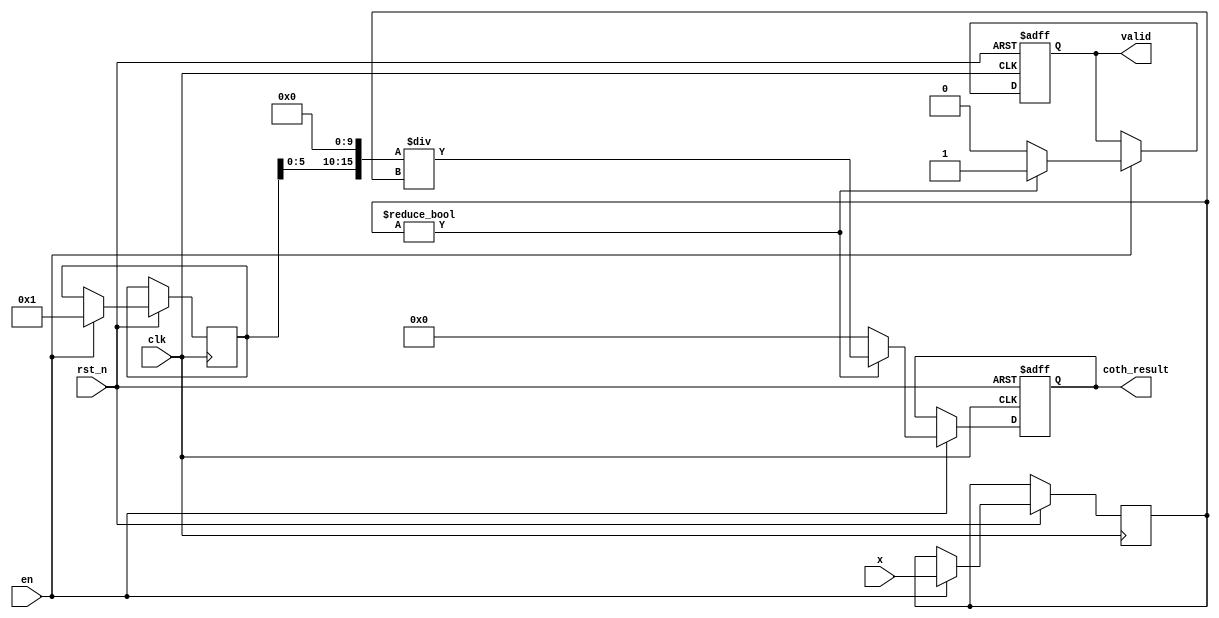
module hyperbolic_cotangent #(
    parameter WIDTH = 16,           // Bit-width for fixed-point representation
    parameter FRAC_WIDTH = 10       // Fractional bits
)(
    input wire clk,
    input wire rst_n,
    input wire en,
    input wire signed [WIDTH-1:0] x, // Input in fixed-point format
    output reg signed [WIDTH-1:0] coth_result, // Output in fixed-point format
    output reg valid                   // Output valid signal
);

    // Internal signals for sinh and cosh
    reg signed [WIDTH-1:0] sinh_x;
    reg signed [WIDTH-1:0] cosh_x;

    // Computation of sinh(x) and cosh(x) using Taylor series expansion
    function signed [WIDTH-1:0] sinh;
        input signed [WIDTH-1:0] angle;
        begin
            sinh = angle; // sinh(x) = x + x^3/3! + x^5/5! + ...
            // Add more terms as needed for precision
        end
    endfunction

    function signed [WIDTH-1:0] cosh;
        input signed [WIDTH-1:0] angle;
        begin
            cosh = 1'b1; // cosh(x) = 1 + x^2/2! + x^4/4! + ...
            // Add more terms as needed for precision
        end
    endfunction

    // Always block to compute coth
    always @(posedge clk or negedge rst_n) begin
        if (!rst_n) begin
            coth_result <= 0;
            valid <= 0;
        end else if (en) begin
            sinh_x <= sinh(x);
            cosh_x <= cosh(x);
            if (sinh_x != 0) begin
                // Compute coth(x) = cosh(x) / sinh(x)
                coth_result <= (cosh_x << FRAC_WIDTH) / sinh_x; // Scaling for fixed-point division
                valid <= 1;
            end else begin
                coth_result <= 0; // Handle division by zero case
                valid <= 0;
            end
        end
    end

endmodule